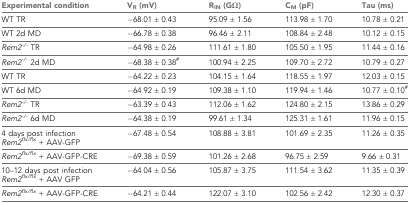
<table><thead><tr><td><b>Experimental condition</b></td><td><b>V<sub>R</sub> (mV)</b></td><td><b>R<sub>IN</sub> (GΩ)</b></td><td><b>C<sub>M</sub> (pF)</b></td><td><b>Tau (ms)</b></td></tr></thead><tbody><tr><td>WT TR</td><td>−68.01 ± 0.43</td><td>95.09 ± 1.56</td><td>113.98 ± 1.70</td><td>10.78 ± 0.21</td></tr><tr><td>WT 2d MD</td><td>−66.78 ± 0.38</td><td>96.46 ± 2.11</td><td>108.84 ± 2.48</td><td>10.12 ± 0.15</td></tr><tr><td><i>Rem2<sup>-/-</sup></i> TR</td><td>−64.98 ± 0.26</td><td>111.61 ± 1.80</td><td>105.50 ± 1.95</td><td>11.44 ± 0.16</td></tr><tr><td><i>Rem2<sup>-/-</sup></i> 2d MD</td><td>−68.38 ± 0.38<sup>#</sup></td><td>100.94 ± 2.25</td><td>109.70 ± 2.72</td><td>10.79 ± 0.27</td></tr><tr><td>WT TR</td><td>−64.22 ± 0.23</td><td>104.15 ± 1.64</td><td>118.55 ± 1.97</td><td>12.03 ± 0.15</td></tr><tr><td>WT 6d MD</td><td>−64.92 ± 0.19</td><td>109.38 ± 1.10</td><td>119.94 ± 1.46</td><td>10.77 ± 0.10<sup>#</sup></td></tr><tr><td><i>Rem2<sup>-/-</sup></i> TR</td><td>−63.39 ± 0.43</td><td>112.06 ± 1.62</td><td>124.80 ± 2.15</td><td>13.86 ± 0.29</td></tr><tr><td><i>Rem2<sup>-/-</sup></i> 6d MD</td><td>−64.38 ± 0.19</td><td>99.61 ± 1.34</td><td>125.31 ± 1.61</td><td>11.96 ± 0.15</td></tr><tr><td>4 days post infection <i>Rem2<sup>flx/flx</sup></i> + AAV-GFP</td><td>−67.48 ± 0.54</td><td>108.88 ± 3.81</td><td>101.69 ± 2.35</td><td>11.26 ± 0.35</td></tr><tr><td><i>Rem2<sup>flx/flx</sup></i> + AAV-GFP-CRE</td><td>−69.38 ± 0.59</td><td>101.26 ± 2.68</td><td>96.75 ± 2.59</td><td>9.66 ± 0.31</td></tr><tr><td>10–12 days post infection <i>Rem2<sup>flx/flx</sup></i> + AAV GFP</td><td>−64.04 ± 0.56</td><td>105.87 ± 3.75</td><td>111.54 ± 3.62</td><td>11.35 ± 0.39</td></tr><tr><td><i>Rem2<sup>flx/flx</sup></i> + AAV-GFP-CRE</td><td>−64.21 ± 0.44</td><td>122.07 ± 3.10</td><td>102.56 ± 2.42</td><td>12.30 ± 0.37</td></tr></tbody></table>